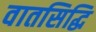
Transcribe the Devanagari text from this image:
वातसिद्धि